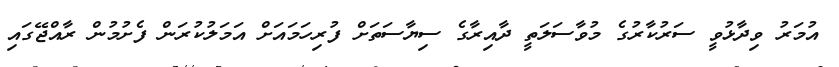
އުމަރު ވިދާޅުވީ ސަރުކާރުގެ މުވާސަލަތީ ދާއިރާގެ ސިޔާސަތަށް ފުރިހަމައަށް އަމަލުކުރަން ފެށުމުން ރާއްޖޭގައި